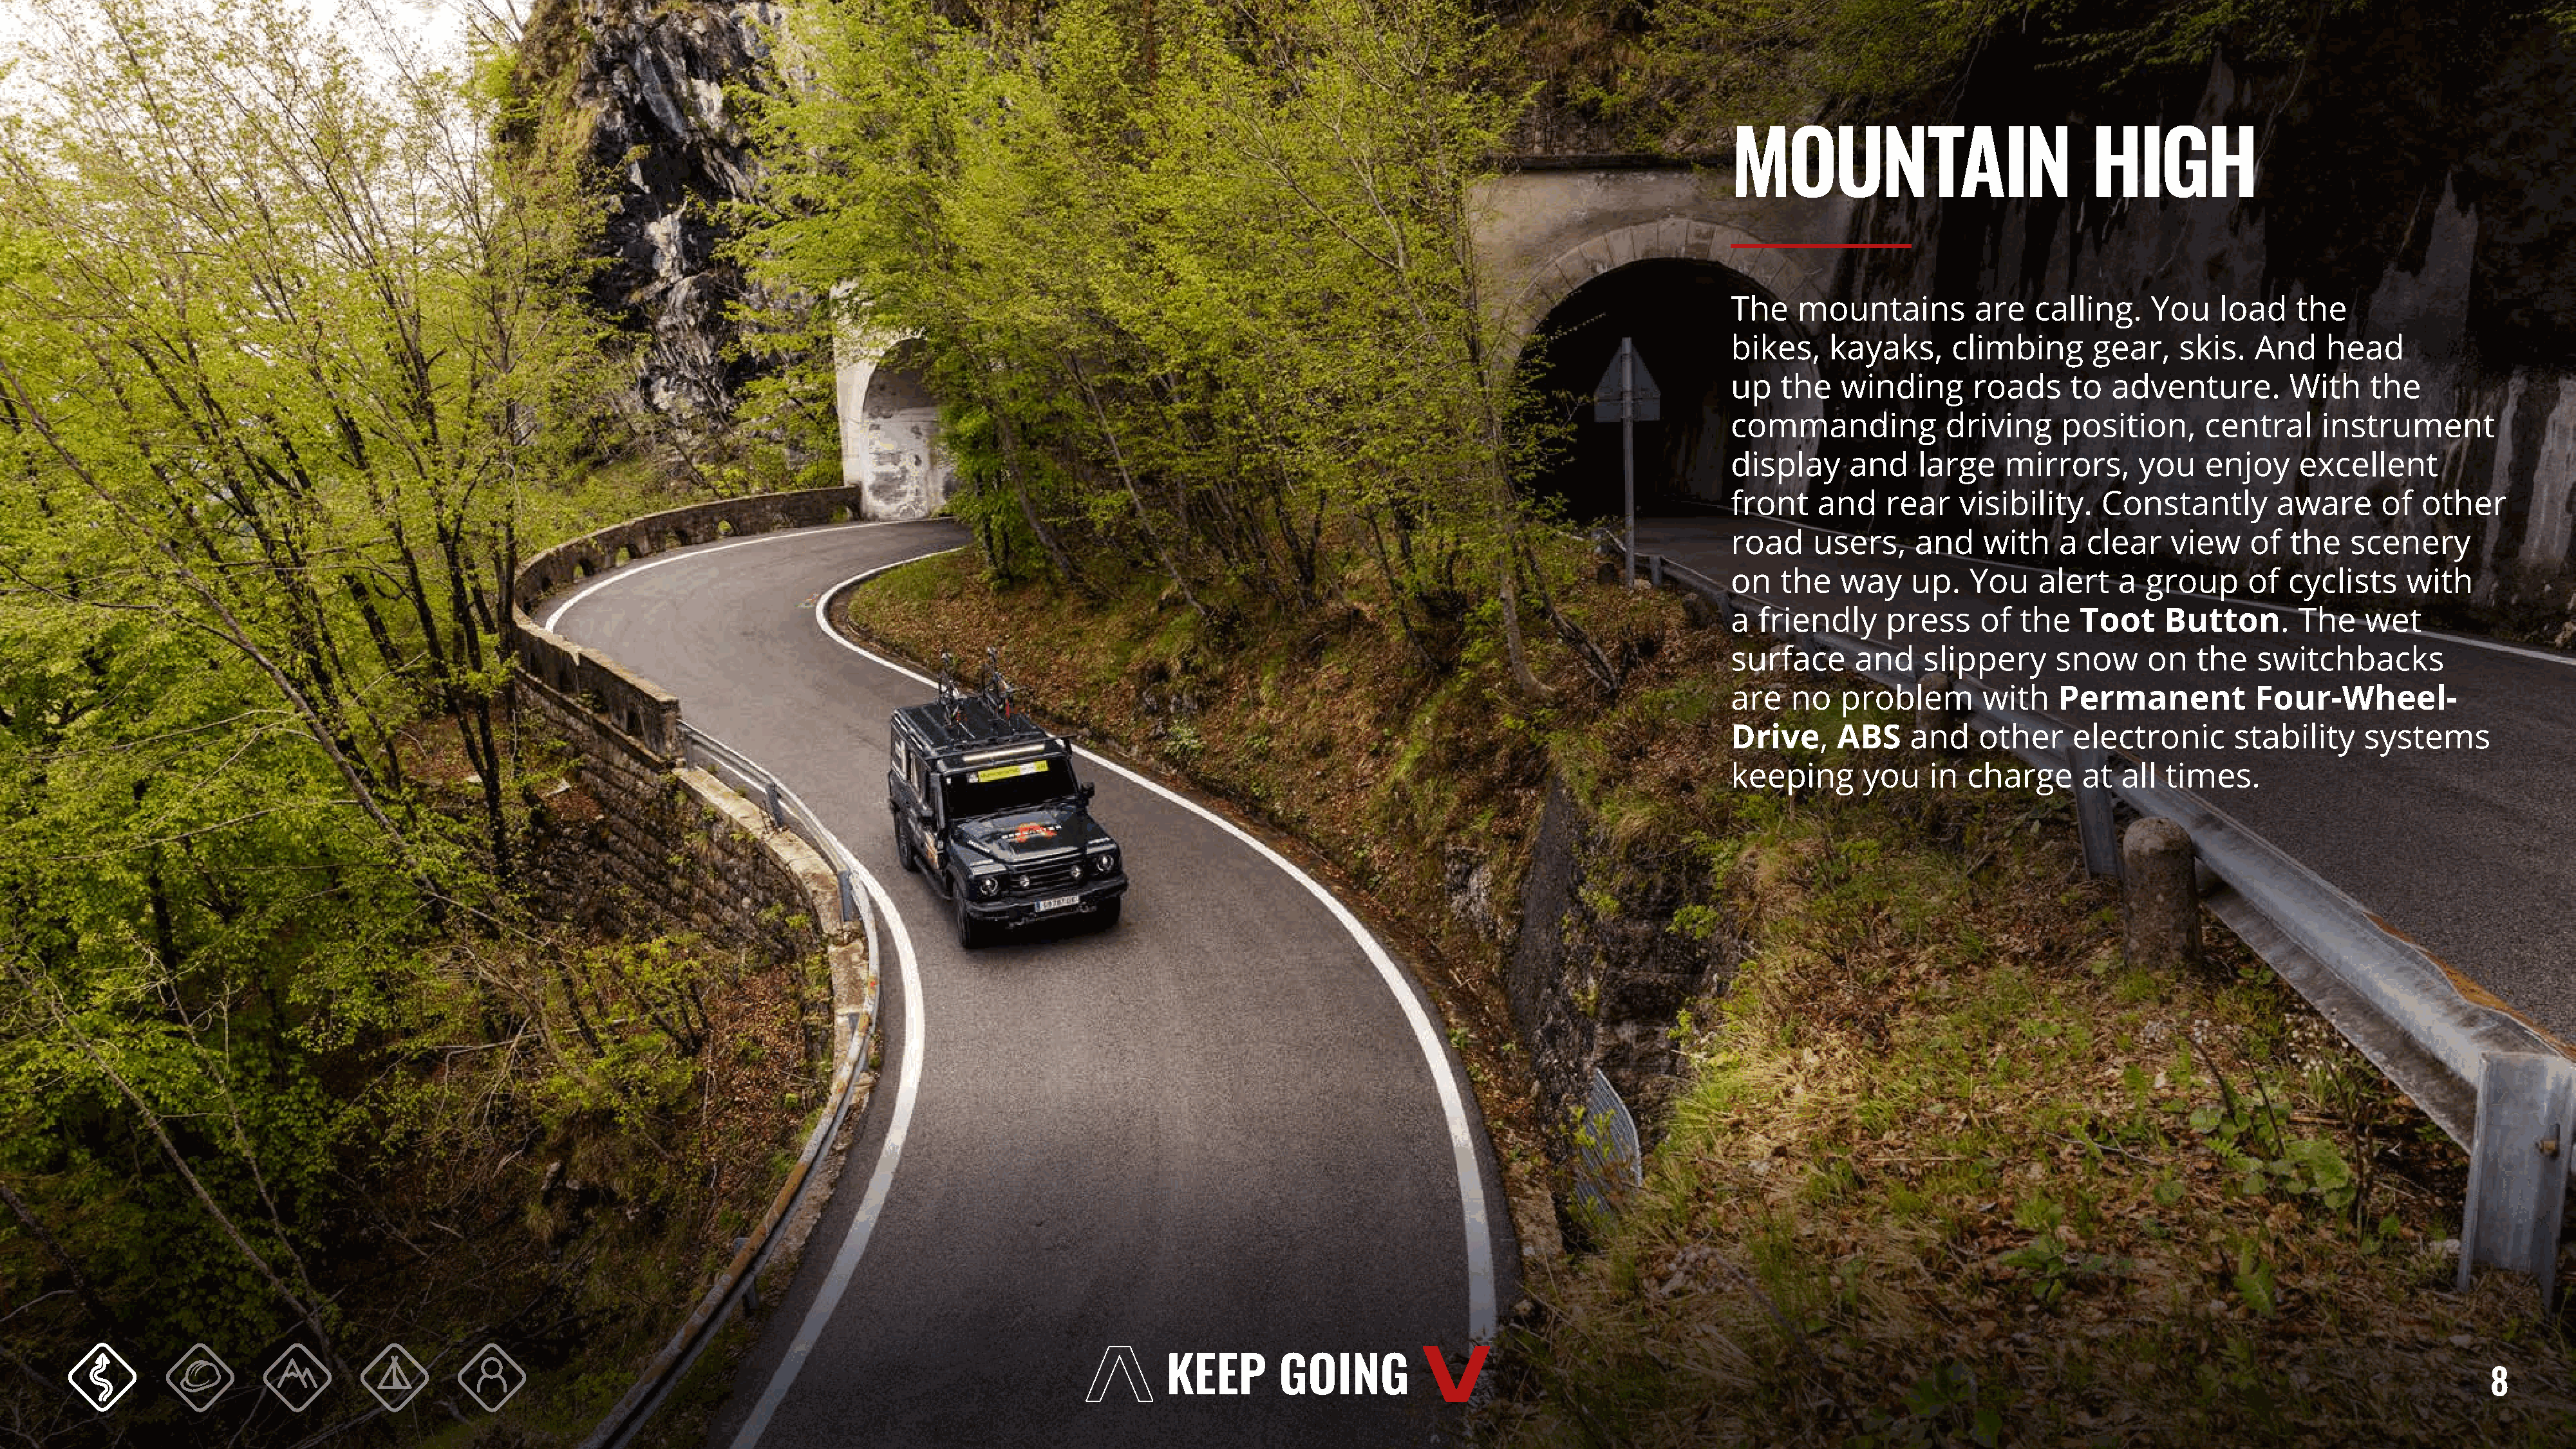
MOUNTAIN                             HIGH
 The    mountains         are   calling.    You    load    the
 bikes,    kayaks,      climbing      gear,    skis.   And    head
 up   the   winding       roads     to  adventure.        With     the
 commanding            driving     position,      central     instrument
 display     and    large    mirrors,      you    enjoy    excellent
 front    and    rear   visibility.    Constantly        aware      of  other
 road    users,     and    with    a clear    view    of  the    scenery
 on   the   way    up.   You     alert   a  group     of  cyclists    with
 a  friendly     press     of  the   Toot    Button.       The    wet
 surface      and    slippery     snow      on   the   switchbacks
 are   no   problem        with    Permanent           Four-Wheel-
 Drive,     ABS    and    other     electronic       stability    systems
 keeping       you   in  charge      at  all  times.
 8